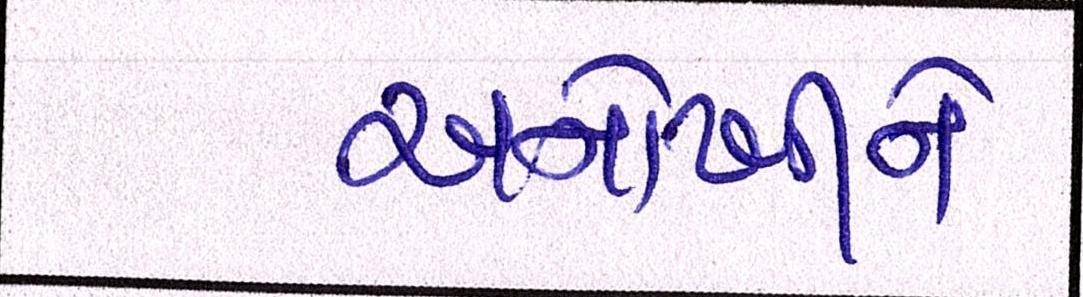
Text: અનોખીને